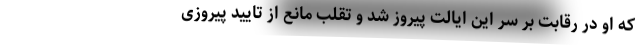
که او در رقابت بر سر این ایالت پیروز شد و تقلب مانع از تایید پیروزی